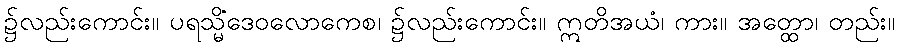
၌လည်းကောင်း။ ပရသ္မိံဒေဝလောကေစ၊ ၌လည်းကောင်း။ ဣတိအယံ၊ ကား။ အတ္ထော၊ တည်း။